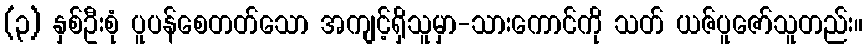
(၃) နှစ်ဦးစုံ ပူပန်စေတတ်သော အကျင့်ရှိသူမှာ-သားကောင်ကို သတ် ယဇ်ပူဇော်သူတည်း။